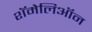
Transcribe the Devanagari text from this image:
शॅमेलिऑन